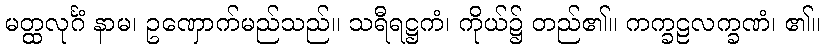
မတ္ထလုင်္ဂံ နာမ၊ ဥဏှောက်မည်သည်။ သရီရဋ္ဌကံ၊ ကိုယ်၌ တည်၏။ ကက္ခဠလက္ခဏံ၊ ၏။